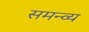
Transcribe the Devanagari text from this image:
समन्व्य